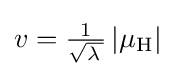
v={\tfrac {1}{\sqrt {\lambda \,}}}\left|\mu _{\text{H}}\right|